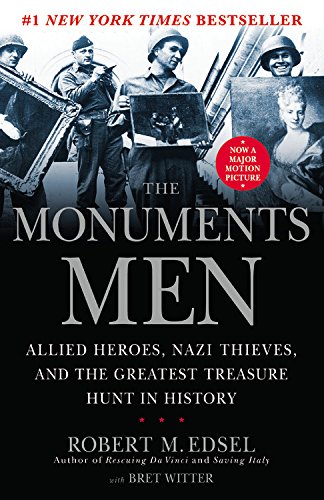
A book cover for The Monuments Men: Allied Heroes, Nazi Thieves and the Greatest Treasure Hunt in History; Robert M. Edsel; Arts & Photography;